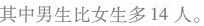
其中男生比女生多14人。